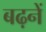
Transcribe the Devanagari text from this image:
बढ़नें